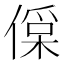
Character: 𠍂